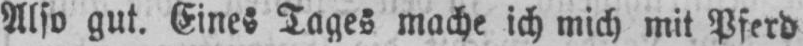
Also gut. Eines Tages mache ich mich mit Pferd